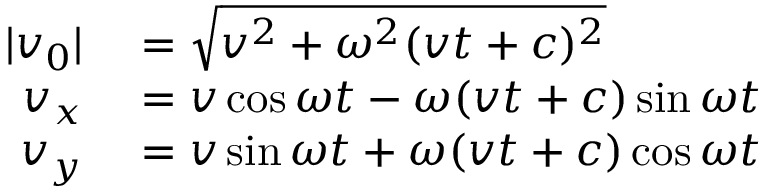
\begin{array} { r l } { | v _ { 0 } | } & { { } = { \sqrt { v ^ { 2 } + \omega ^ { 2 } ( v t + c ) ^ { 2 } } } } \\ { v _ { x } } & { { } = v \cos \omega t - \omega ( v t + c ) \sin \omega t } \\ { v _ { y } } & { { } = v \sin \omega t + \omega ( v t + c ) \cos \omega t } \end{array}